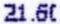
21.60